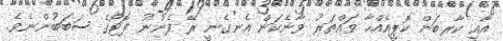
އާއި ކާރބަން ކޮޕީއެއްހާ ވައްތަރު ވާނެކަން އެނގެނީ ރޭ ފެނުނު ފޮޓޯގެ ސަބަބުންނެވެ.